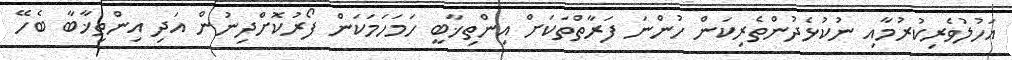
އަހުލުވެރިކުރުމާއި ނުކުޅެދުންތެރިކަން ހުންނަ ފަރާތްތަކަށް އިންތިޚާބީ ހަމަހަމަކަން ފޯރުކޮށްދިނުން އަދި އިންތިޚާބާ ބެހޭ